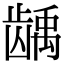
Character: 龋